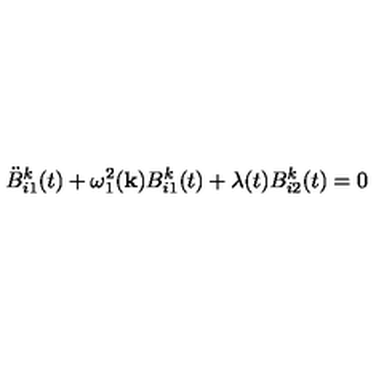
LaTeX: \ddot { B } _ { i 1 } ^ { k } ( t ) + \omega _ { 1 } ^ { 2 } ( { \bf k } ) B _ { i 1 } ^ { k } ( t ) + \lambda ( t ) B _ { i 2 } ^ { k } ( t ) = 0